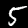
Label: 5